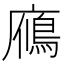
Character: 𪪦